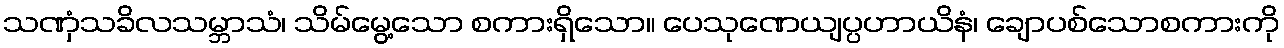
သဏှံသခိလသမ္ဘာသံ၊ သိမ်မွေ့သော စကားရှိသော။ ပေသုဏေယျပ္ပဟာယိနံ၊ ချောပစ်သောစကားကို